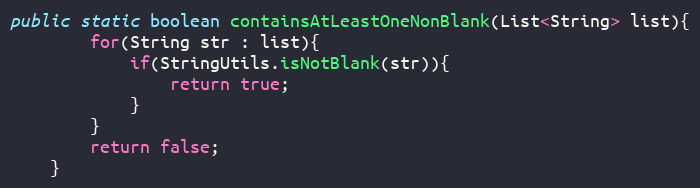
Language: Java
public static boolean containsAtLeastOneNonBlank(List<String> list){
		for(String str : list){
			if(StringUtils.isNotBlank(str)){
				return true;
			}
		}
		return false;
	}